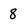
Character: 8